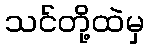
သင်တို့ထဲမှ